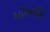
મોબલોગ